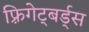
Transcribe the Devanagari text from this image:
फ़्रिगेट्बर्ड्स